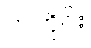
လတိုင်း